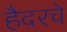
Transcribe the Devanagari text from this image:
हैदरचे